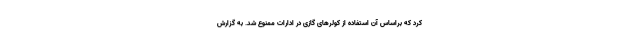
کرد که براساس آن استفاده از کولر‌های گازی در ادارات ممنوع شد. به گزارش